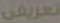
تعريفي